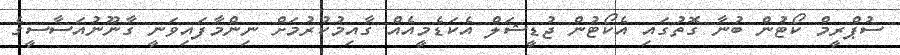
ސުޕްރީމް ކޯޓުން ބުނާ ގޮތުގައި އެކޯޓުން ޖުޑީޝަލް އެކަޑެމީއެއް ގާއިމުކުރުމަށް ނިންމާފައިވަނީ ގާނޫނުއަސާސީގެ